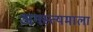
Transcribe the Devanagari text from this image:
अगस्त्यमाला